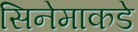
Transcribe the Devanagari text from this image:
सिनेमाकडे